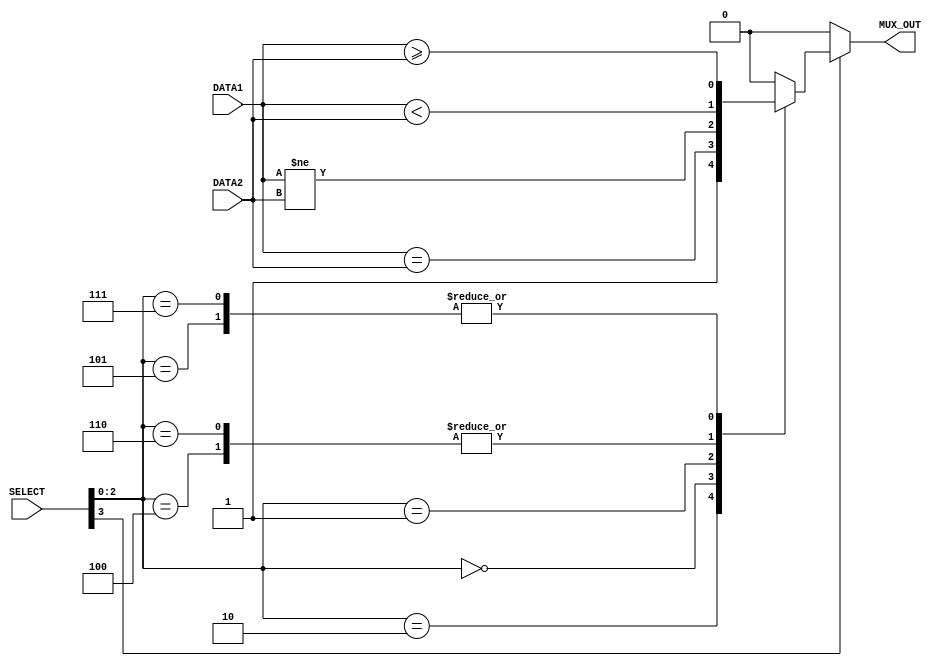
`timescale 1ns/100ps

module branch_select(DATA1, DATA2, SELECT, MUX_OUT);
    input [31:0] DATA1, DATA2;
    input [3:0] SELECT;
    output reg MUX_OUT;

    wire BEQ, BNE, BLT, BGE, BLTU, BGEU;

    assign BEQ = DATA1 == DATA2;
    assign BNE = DATA1 != DATA2;
    assign BLT = DATA1 <  DATA2;
    assign BGE = DATA1 >= DATA2;
    assign BLTU = $unsigned(DATA1) < $unsigned(DATA2);
    assign BGEU = $unsigned(DATA1) >= $unsigned(DATA2);

    always@(*)
    begin
        #2 
        if (SELECT[3])
        begin
            case(SELECT[2:0])
                // for JAL and JALR
                3'b010:
                    MUX_OUT = 1'b1; 
                // for BEQ
                3'b000:
                    MUX_OUT = BEQ;
                // for BNE
                3'b001:
                    MUX_OUT = BNE;
                // for BLT
                3'b100:
                    MUX_OUT = BLT;
                // for BGE
                3'b101:
                    MUX_OUT = BGE;
                // for BLTU
                3'b110:
                    MUX_OUT = BLTU; 
                // for BGEU
                3'b111:
                    MUX_OUT = BGEU; 
                default:
                    MUX_OUT = 1'b0;
            endcase
        end

        else
        begin
            #2 MUX_OUT = 1'b0;
        end

    end
endmodule